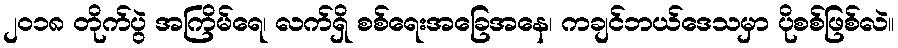
၂၀၁၈ တိုက်ပွဲ အကြိမ်ရေ၊ လက်ရှိ စစ်ရေးအခြေအနေ၊ ကချင်ဘယ်ဒေသမှာ ပိုစစ်ဖြစ်လဲ။